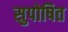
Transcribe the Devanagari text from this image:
सुपोषित